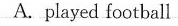
A.played football